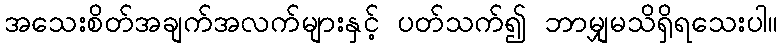
အသေးစိတ်အချက်အလက်များနှင့် ပတ်သက်၍ ဘာမျှမသိရှိရသေးပါ။